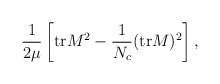
\begin{align*}\frac{1}{2\mu} \left[ {\rm tr} M^2 - \frac{1}{N_c} ({\rm tr}M)^2 \right],\end{align*}